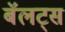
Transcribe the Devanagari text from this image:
बॅलट्स